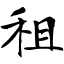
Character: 租